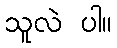
သူလဲ ပါ။